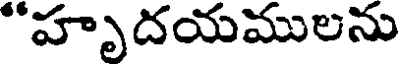
"హృదయములను